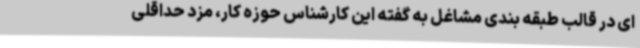
ای در قالب طبقه بندی مشاغل به گفته این کارشناس حوزه کار، مزد حداقلی